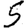
Digit: 5